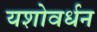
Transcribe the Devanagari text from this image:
यशोवर्धन